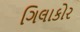
ગિલાકોર